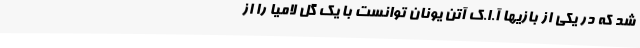
شد که در یکی از بازیها آ.ا.ک آتن یونان توانست با یک گل لامیا را از